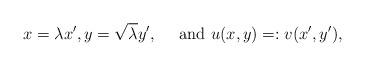
LaTeX: \begin{align*}x=\lambda x',y=\sqrt{\lambda} y',\quad\hbox{ and }u(x,y) = :v(x',y'),\end{align*}